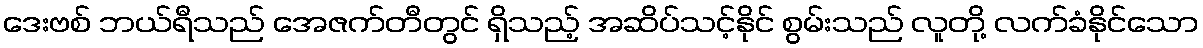
ဒေးဗစ် ဘယ်ရီသည် အေဇက်တီတွင် ရှိသည့် အဆိပ်သင့်နိုင် စွမ်းသည် လူတို့ လက်ခံနိုင်သော